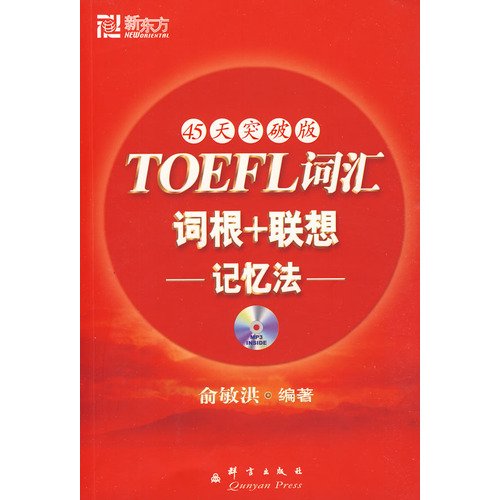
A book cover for New Oriental New Oriental Dayu English Books: TOEFL vocabulary root + Associative Memory (45 days break version) (with MP3 CD 1); YU MIN HONG; Test Preparation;